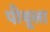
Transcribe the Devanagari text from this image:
पीयूला